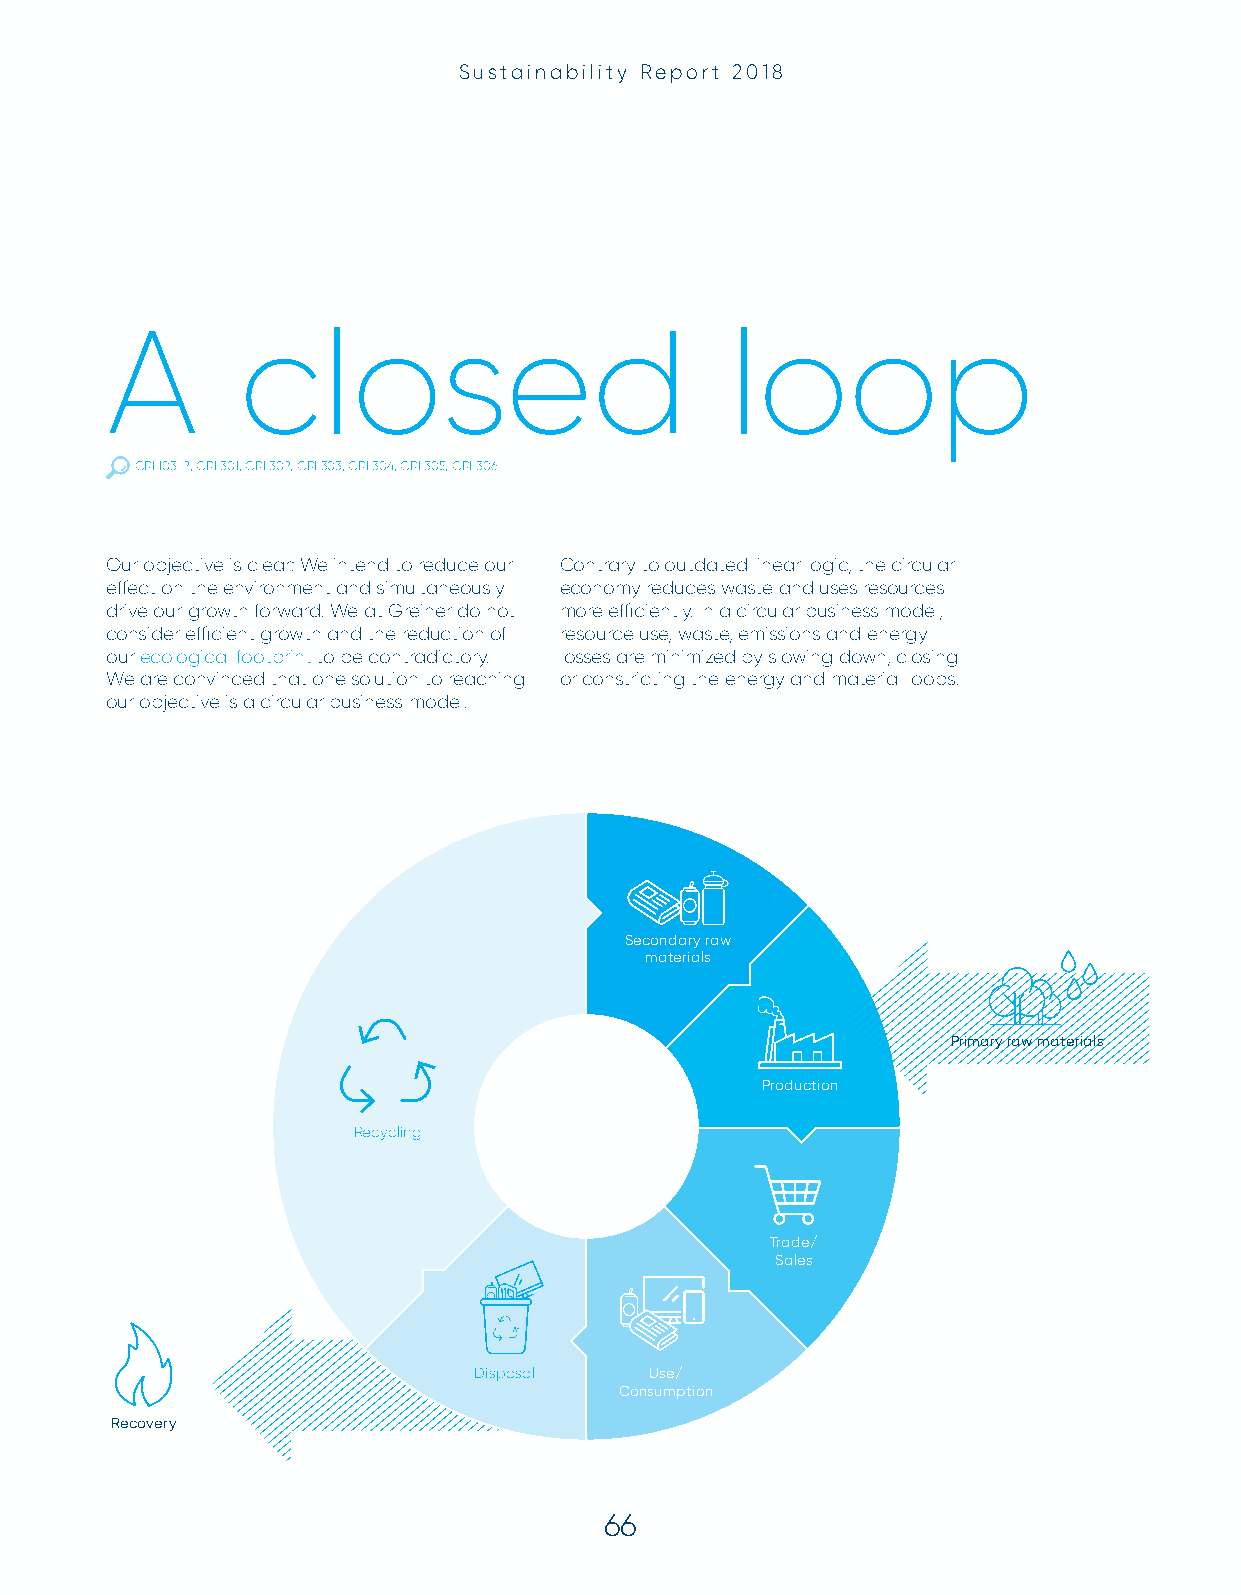
Sustainability Report 2018
 A        closed                          loop
 GRI 103-2, GRI 301, GRI 302, GRI 303, GRI 304, GRI 305, GRI 306
 Our objective is clear: We intend to reduce our Contrary to outdated linear logic, the circular
 effect on the environment and simultaneously economy reduces waste and uses resources
 drive our growth forward. We at Greiner do not more efficiently. In a circular business model,
 consider efficient growth and the reduction of resource use, waste, emissions and energy
 our ecological footprint to be contradictory. losses are minimized by slowing down, closing
 We are convinced that one solution to reaching or constricting the energy and material loops.
 our objective is a circular business model.
 Secondary raw
 materials
 Primary raw materials
 Production
 Recycling
 Trade/
 Sales
 Disposal    Use/
 Consumption
 Recovery
 66